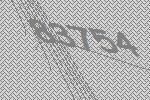
83754